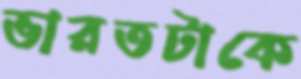
ভারতটাকে